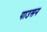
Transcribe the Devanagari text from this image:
पाउसन